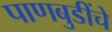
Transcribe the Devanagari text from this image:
पाणबुडींचे